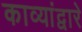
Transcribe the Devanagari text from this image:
काव्यांद्वारे